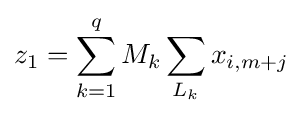
z_{1}=\sum _{k=1}^{q}{M_{k}}\sum _{L_{k}}{x_{i,m+j}}